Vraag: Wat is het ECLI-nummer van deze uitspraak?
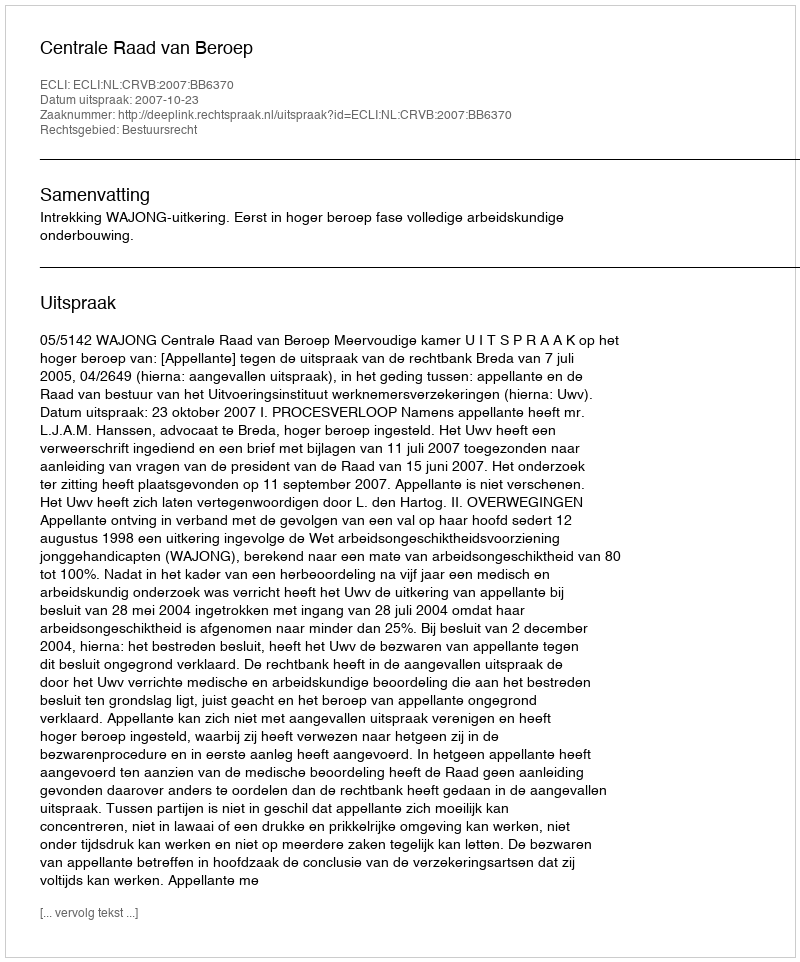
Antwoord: ECLI:NL:CRVB:2007:BB6370